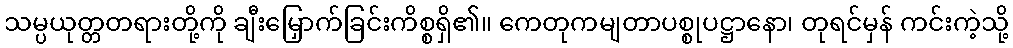
သမ္ပယုတ္တတရားတို့ကို ချီးမြှောက်ခြင်းကိစ္စရှိ၏။ ကေတုကမျတာပစ္စုပဋ္ဌာနော၊ တုရင်မှန် ကင်းကဲ့သို့